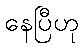
နေပြီဟု